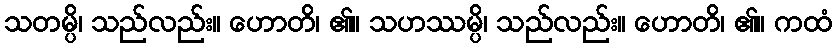
သတမ္ပိ၊ သည်လည်း။ ဟောတိ၊ ၏။ သဟဿမ္ပိ၊ သည်လည်း။ ဟောတိ၊ ၏။ ကထံ